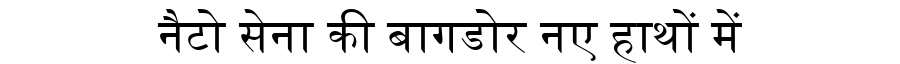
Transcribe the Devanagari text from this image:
नैटो सेना की बागडोर नए हाथों में